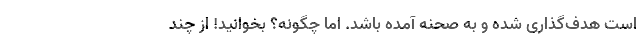
است هدف‌گذاری شده و به صحنه آمده باشد. اما چگونه؟ بخوانید! از چند